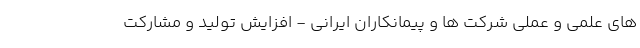
های علمی و عملی شرکت ها و پیمانکاران ایرانی - افزایش توليد و مشارکت